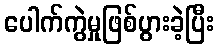
ပေါက်ကွဲမှုဖြစ်ပွားခဲ့ပြီး